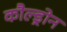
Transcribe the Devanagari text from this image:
कौल्ड्रोन